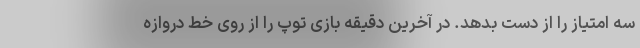
سه امتیاز را از دست بدهد. در آخرین دقیقه بازی توپ را از روی خط دروازه